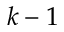
k - 1